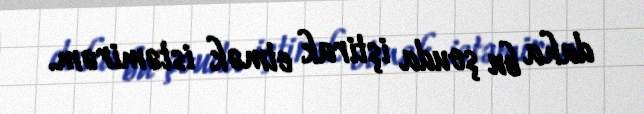
daha bu şouda iştirak etmək istəmirəm.